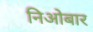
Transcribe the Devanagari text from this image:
निओबार